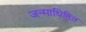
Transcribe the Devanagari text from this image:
जन्माधिष्ठित